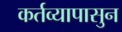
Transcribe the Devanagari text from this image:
कर्तव्यापासुन